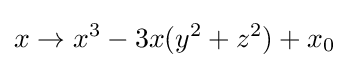
x\to x^{3}-3x(y^{2}+z^{2})+x_{0}